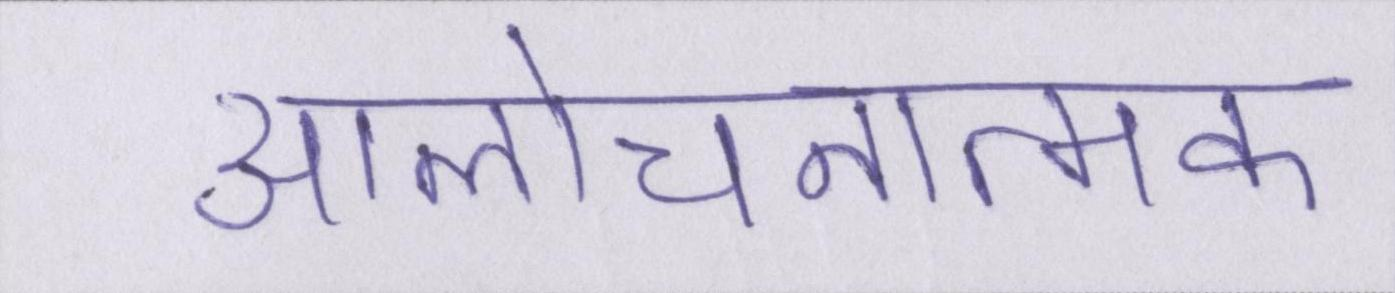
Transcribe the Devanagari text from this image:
आलोचनात्मक